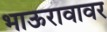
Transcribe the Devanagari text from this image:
भाऊरावावर